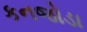
કનજોડા